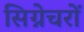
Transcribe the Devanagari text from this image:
सिग्नेचरों